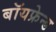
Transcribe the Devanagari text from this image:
बॉयफ्रेन्ड